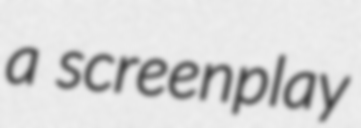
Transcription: a screenplay